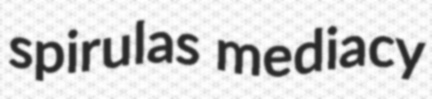
spirulas mediacy